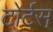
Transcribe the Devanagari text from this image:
टोर्टस्